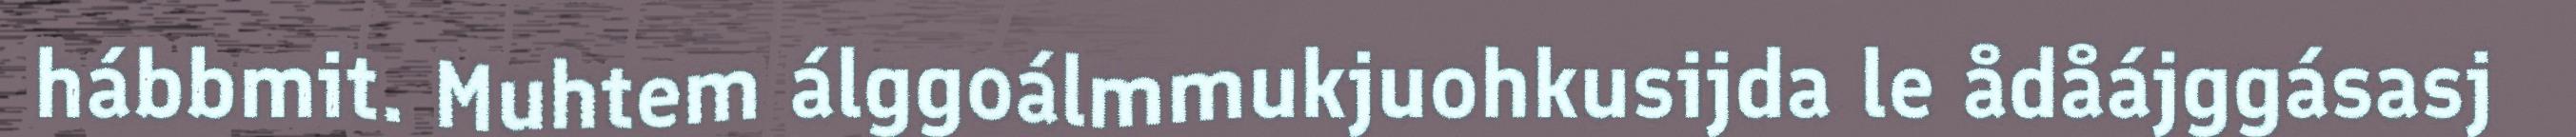
hábbmit. Muhtem álggoálmmukjuohkusijda le ådåájggásasj